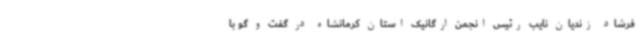
فرشاد زندیان نایب رئیس انجمن ارگانیک استان کرمانشاه در گفت و گو با